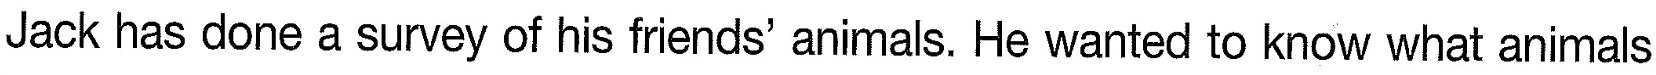
Jack has done a survey of his friends' animals. He wanted to know what animals